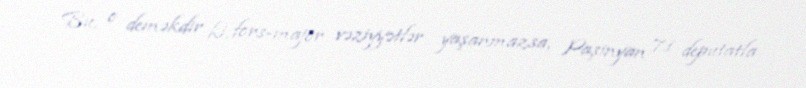
Bu, o deməkdir ki, fors-major vəziyyətlər yaşanmazsa, Paşinyan 71 deputatla